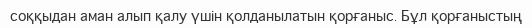
соққыдан аман алып қалу үшін қолданылатын қорғаныс. Бұл қорғаныстың